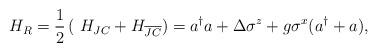
LaTeX: \begin{align*} H_R = \frac{1}{2}\left(~H_{JC} + H_{\overline{JC}}\right)=a^\dagger a + \Delta \sigma^z + g\sigma^x(a^\dagger + a), \end{align*}